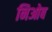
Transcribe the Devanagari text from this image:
निओब